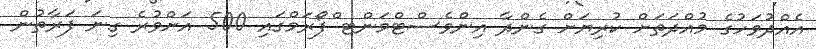
އެއްދުވަހުގެ މުއްދަތަށް ކުރިޔަށް ގެންދާ އިންވެސްޓްމަންޓ ްފޯރަމްގައި 500 އަށްވުރެ ގިނަ ފަރާތުން